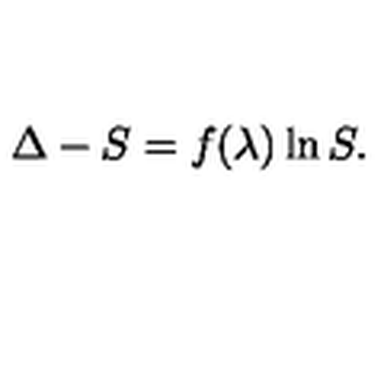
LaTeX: \Delta - S = f ( \lambda ) \ln S .